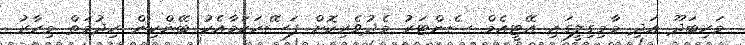
މަހިބަދޫ އަދި މާމިގިލީގައި އޭޓީއެމް ސެންޓަރު މެދުވެރިކޮށް ފަސޭހަކަމާއެކު ބޭންކިން ހިދުމަތް މިހާރު